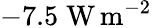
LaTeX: -7.5\; \mathrm{W}\, \mathrm{m}^{-2}